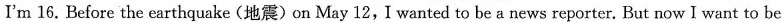
I'm 16. Before the earthquake(地震)on May 12，I wanted to be a news reporter. But now I want to be